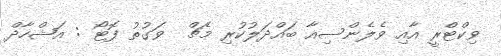
ވިކްޓްރީ އާއި ވެލެންސިއާ ބައްދަލުކުރި މެޗް  ވަގުތު ފޮޓޯ : އަޝްހާދް